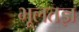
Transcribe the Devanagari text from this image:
भूलतज्ञ